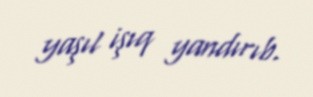
yaşıl işıq yandırıb.